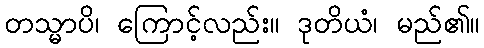
တသ္မာပိ၊ ကြောင့်လည်း။ ဒုတိယံ၊ မည်၏။